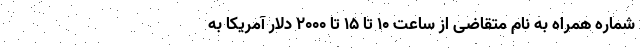
شماره همراه به نام متقاضی از ساعت ۱۰ تا ۱۵ تا ۲۰۰۰ دلار آمریکا به